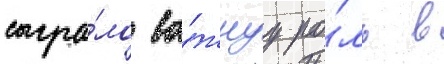
сыгра́ло ва́жнуу ро́ль в